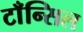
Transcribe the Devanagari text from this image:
टाँन्सिल